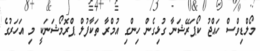
މޯލްޑިވްސް ހައްޖު ކޯޕަރޭޝަނާ ގުޅިގެން ހިންގި އުމްރާ ތަކާފުލް ޕްރޮމޯޝަނަކީ މި އަހަރުގެ